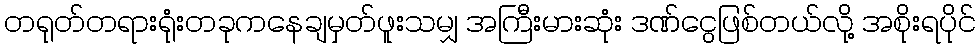
တရုတ်တရားရုံးတခုကနေချမှတ်ဖူးသမျှ အကြီးမားဆုံး ဒဏ်ငွေဖြစ်တယ်လို့ အစိုးရပိုင်